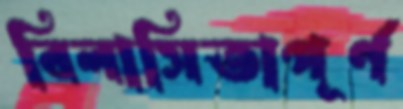
বিলাসিতাপূর্ণ